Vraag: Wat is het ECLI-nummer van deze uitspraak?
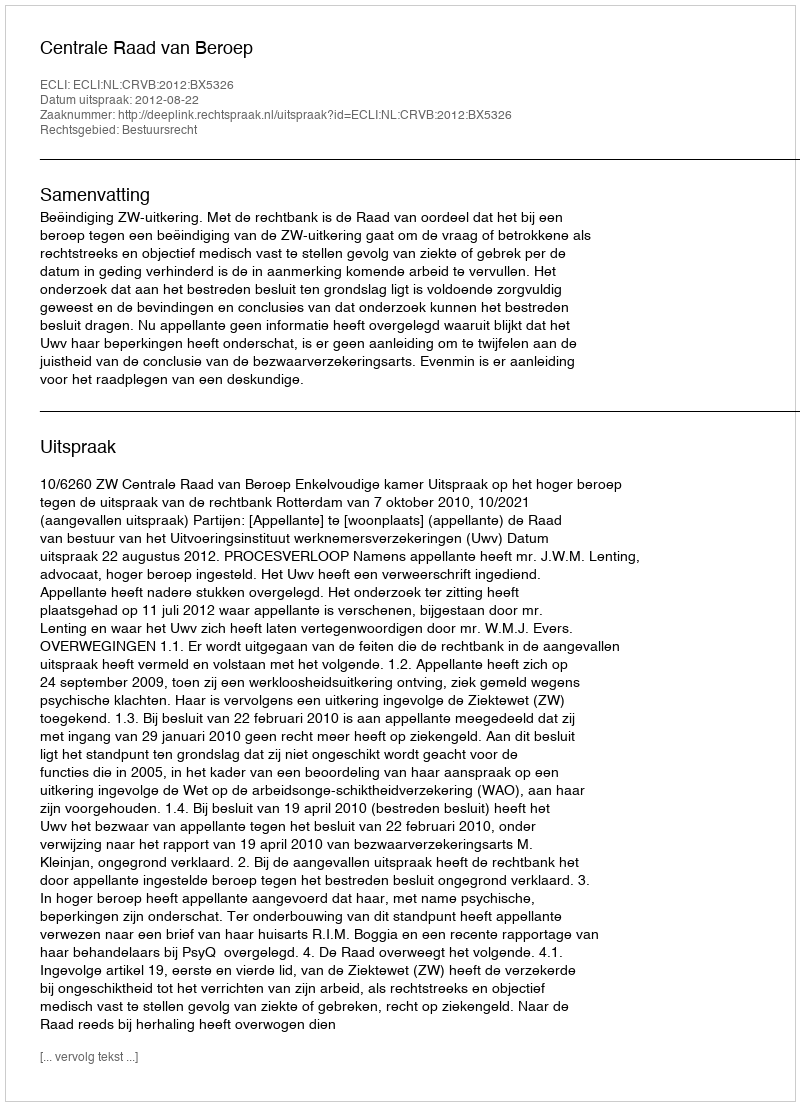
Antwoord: ECLI:NL:CRVB:2012:BX5326